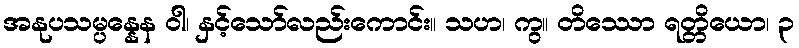
အနုပသမ္ပန္နေန ဝါ၊ နှင့်သော်လည်းကောင်း။ သဟ၊ ကွ။ တိဿော ရတ္တိယော၊ ၃